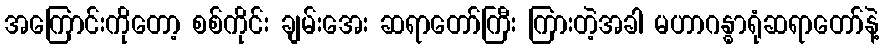
အကြောင်းကိုတော့ စစ်ကိုင်း ချမ်းအေး ဆရာတော်ကြီး ကြားတဲ့အခါ မဟာဂန္ဓာရုံဆရာတော်နဲ့